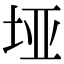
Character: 垭